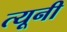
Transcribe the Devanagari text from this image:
त्‍यूनी